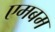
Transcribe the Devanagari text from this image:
एमबम